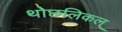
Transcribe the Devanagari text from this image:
थोछलिकल्